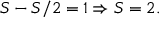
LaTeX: S - S / 2 = 1 \Rightarrow S = 2 .